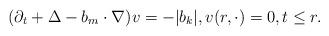
LaTeX: \begin{align*}(\partial_t + \Delta - b_m \cdot \nabla)v=-|b_k|, v(r,\cdot)=0, t \leq r.\end{align*}